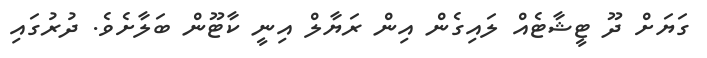
ގަޔަށް ދޫ ޓީޝާޓެއް ލައިގެން އިން ރަޔާލް އިނީ ކާޓޫން ބަލާށެވެ. ދުރުގައި